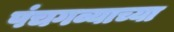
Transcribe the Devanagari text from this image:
पंचगव्याच्या